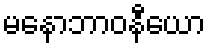
မနောဘာဝနီယော